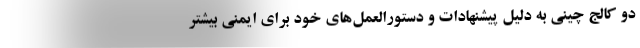
دو کالج چینی به دلیل پیشنهادات و دستورالعمل‌های خود برای ایمنی بیشتر